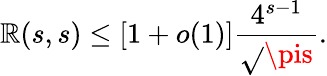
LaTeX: \mathbb{R}(s,s)\leq[1+o(1)]{\frac{{4^{s-1}}}{{\sqrt{}{{\pis}}}}}.